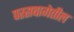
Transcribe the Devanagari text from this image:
परसबागेतील